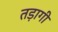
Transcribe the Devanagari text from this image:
तड़ागी